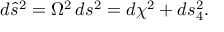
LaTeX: d { \hat { s } } ^ { 2 } = \Omega ^ { 2 } \, d s ^ { 2 } = d \chi ^ { 2 } + d s _ { 4 } ^ { 2 } .